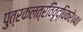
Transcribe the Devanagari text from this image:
पुत्रकलत्रविवृद्धिकरे॥४॥